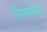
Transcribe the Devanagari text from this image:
सिमसेंटर